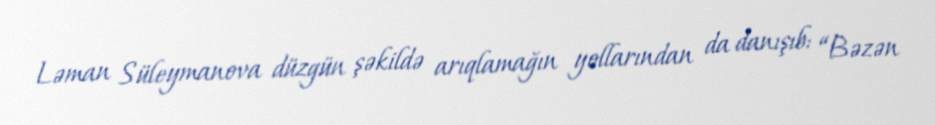
Ləman Süleymanova düzgün şəkildə arıqlamağın yollarından da danışıb: “Bəzən